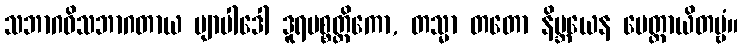
သဘာဂဝိသဘာဂတာယ ဗျာပါဒေါ ဒူရပစ္စတ္ထိကော, တသ္မာ တတော နိဗ္ဘယေန မေတ္တာယိတဗ္ဗံ။